Annual report of the Punjab Veterinary College and of the Civil Veterinary Department, Punjab - 1920-1925
Year: 1920
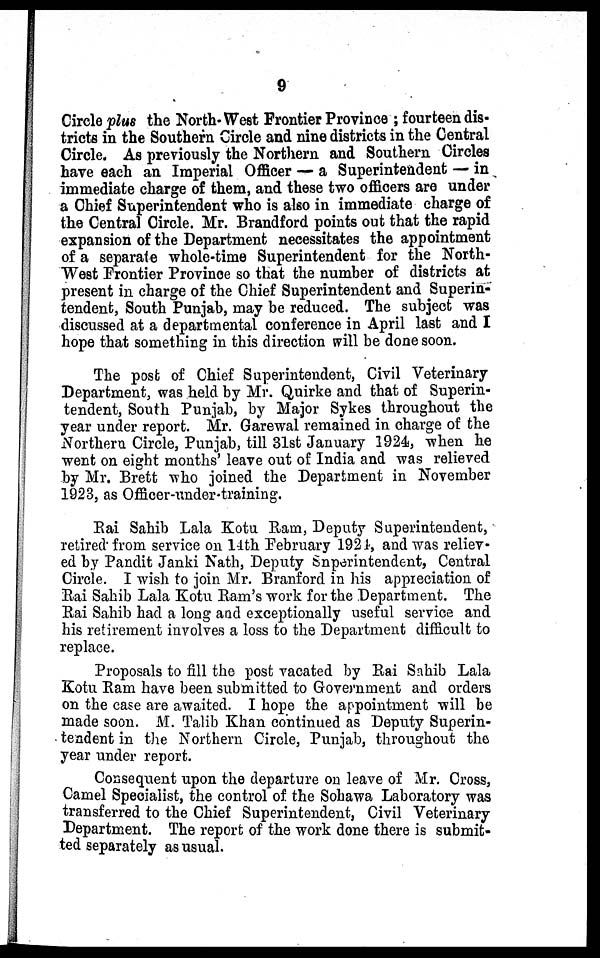
9
Circle plus the North-West Frontier Province; fourteen dis-
tricts in the Southern Circle and nine districts in the Central
Circle. As previously the Northern and Southern Circles
have each an Imperial Officer — a Superintendent — in
immediate charge of them, and these two officers are under
a Chief Superintendent who is also in immediate charge of
the Central Circle. Mr. Brandford points out that the rapid
expansion of the Department necessitates the appointment
of a separate whole-time Superintendent for the North-
West Frontier Province so that the number of districts at
present in charge of the Chief Superintendent and Superin-
tendent, South Punjab, may be reduced. The subject was
discussed at a departmental conference in April last and I
hope that something in this direction will be done soon.
The post of Chief Superintendent, Civil Veterinary
Department, was held by Mr. Quirke and that of Superin-
tendent, South Punjab, by Major Sykes throughout the
year under report. Mr. Garewal remained in charge of the
Northern Circle, Punjab, till 31st January 1924, when he
went on eight months' leave out of India and was relieved
by Mr. Brett who joined the Department in November
1923, as Officer-under-training.
Rai Sahib Lala Kotu Ram, Deputy Superintendent,
retired from service on 11th February 1924, and was reliev-
ed by Pandit Janki Nath, Deputy Superintendent, Central
Circle. I wish to join Mr. Branford in his appreciation of
Rai Sahib Lala Kotu Ram's work for the Department. The
Rai Sahib had a long and exceptionally useful service and
his retirement involves a loss to the Department difficult to
replace.
Proposals to fill the post vacated by Rai Sahib Lala
Kotu Ram have been submitted to Government and orders
on the case are awaited. I hope the appointment will be
made soon. M. Talib Khan continued as Deputy Superin-
tendent in the Northern Circle, Punjab, throughout the
year under report.
Consequent upon the departure on leave of Mr. Cross,
Camel Specialist, the control of the Sohawa Laboratory was
transferred to the Chief Superintendent, Civil Veterinary
Department. The report of the work done there is submit-
ted separately as usual.